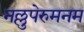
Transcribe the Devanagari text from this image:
नल्लुपेरुमनम